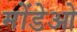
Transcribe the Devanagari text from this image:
मोंडेओ